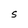
Character: S